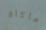
ماكاو